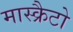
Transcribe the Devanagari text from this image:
मास्क्रैटो